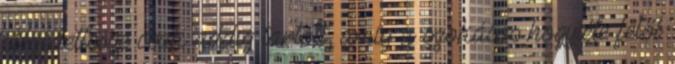
elégedettsége csak addig tartott, amíg a szokásos hogyléte felől